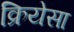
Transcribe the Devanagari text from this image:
क्रियेसा